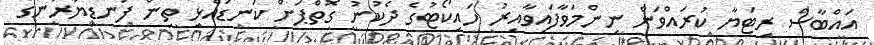
އައްބާސް ރިޓަޔާ ކުރައްވަން ނިންމަވާފައިވާއިރު ހައިކޯޓުގެ ދެކުނު ގޮތްޕަށް ކަނޑައެޅި ތިން ފަނޑިޔާރުންގެ